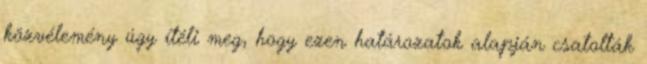
közvélemény úgy ítéli meg, hogy ezen határozatok alapján csatolták